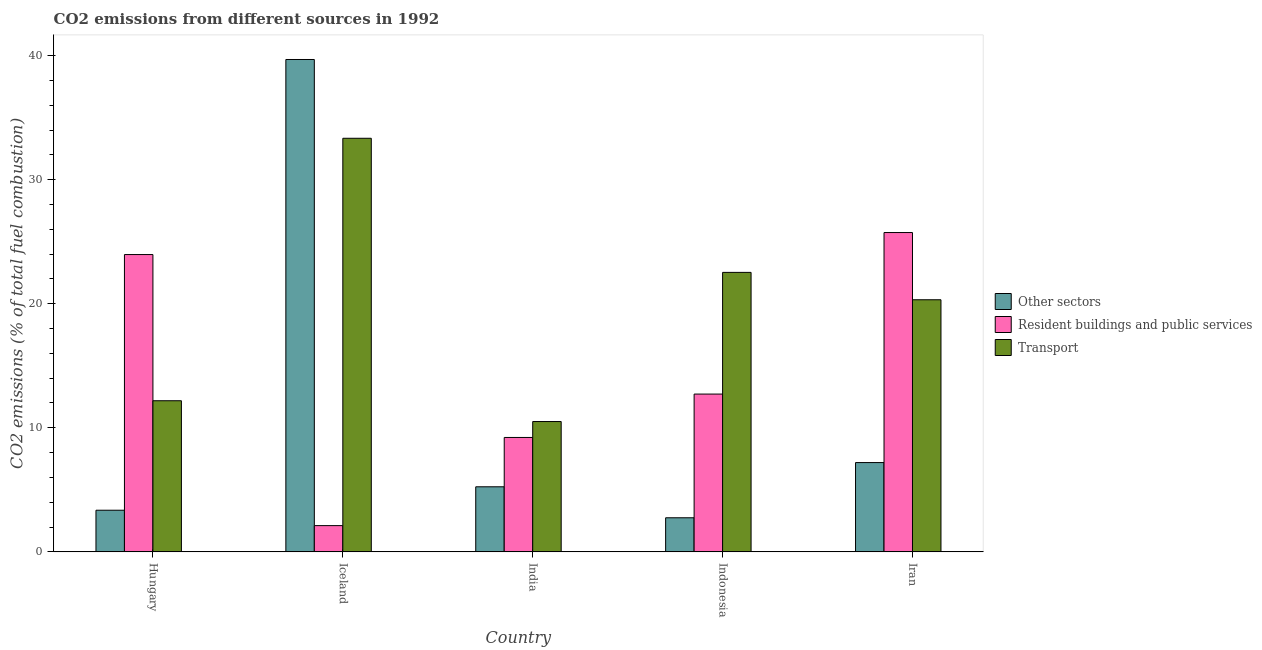
| Country | Other sectors | Resident buildings and public services | Transport |
 | --- | --- | --- | --- |
 | Hungary | 3.36 | 24 | 12.2 |
 | Iceland | 39.7 | 2.12 | 33.3 |
 | India | 5.25 | 9.22 | 10.5 |
 | Indonesia | 2.75 | 12.7 | 22.5 |
 | Iran | 7.2 | 25.7 | 20.3 |